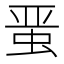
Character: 𰲸